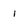
Character: 1